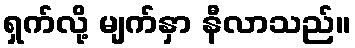
ရှက်လို့ မျက်နှာ နီလာသည်။